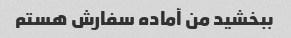
ببخشید من آماده سفارش هستم